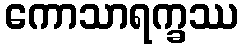
ကောသာရက္ခဿ